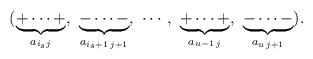
LaTeX: \begin{align*} & (\underbrace{+\dots+}_{a_{i_{s} j}},\ \underbrace{-\dots -}_{a_{i_{s}+1\, j+1}},\ \cdots,\ \underbrace{+\dots +}_{a_{u-1\, j}},\ \underbrace{-\dots -}_{a_{u\, j+1}}).\end{align*}